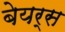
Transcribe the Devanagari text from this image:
बेयर्स